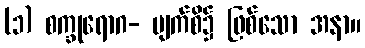
(၁) စက္ခုရောဂ- မျက်စိ၌ ဖြစ်သော အနာ။